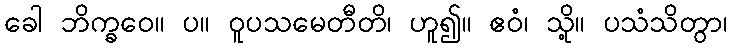
ခေါ ဘိက္ခဝေ။ ပ။ ဝူပသမေတီတိ၊ ဟူ၍။ ဧဝံ၊ သို့။ ပသံသိတွာ၊